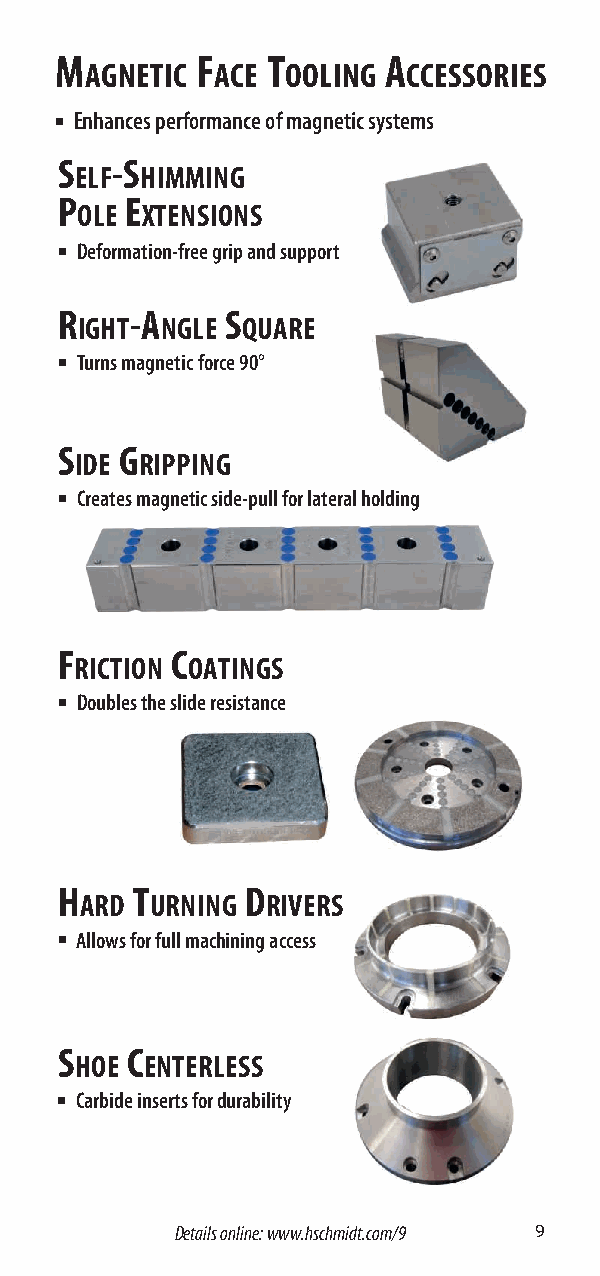
M        F    T      A
 AGNETIC ACE  OOLING  CCESSORIES
 ■ Enhances performance of magnetic systems
 S  -S
 ELF HIMMING
 P   E
 OLE XTENSIONS
 ■ Deformation-free grip and support
 R    -A    S
 IGHT  NGLE QUARE
 ■ Turns magnetic force 90°
 S   G
 IDE RIPPING
 ■ Creates magnetic side-pull for lateral holding
 F      C
 RICTION OATINGS
 ■ Doubles the slide resistance
 H    T      D
 ARD  URNING  RIVERS
 ■ Allows for full machining access
 S   C
 HOE  ENTERLESS
 ■ Carbide inserts for durability
 Details online: www.hschmidt.com/9 9